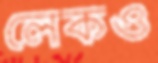
লেকও